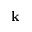
\mathbf { k }